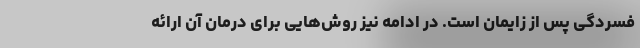
فسردگی پس از زایمان است. در ادامه نیز روش‌هایی برای درمان آن ارائه